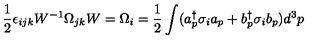
\frac { 1 } { 2 } \epsilon _ { i j k } W ^ { - 1 } \Omega _ { j k } W = \Omega _ { i } = \frac { 1 } { 2 } \int ( a _ { p } ^ { \dag } \sigma _ { i } a _ { p } + b _ { p } ^ { \dag } \sigma _ { i } b _ { p } ) d ^ { 3 } p